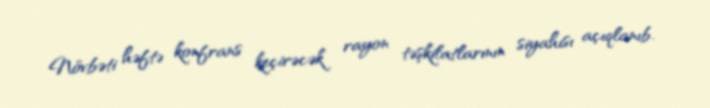
Növbəti həftə konfrans keçirəcək rayon təşkilatlarının siyahısı açıqlanıb.